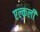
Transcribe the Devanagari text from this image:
एल्कली